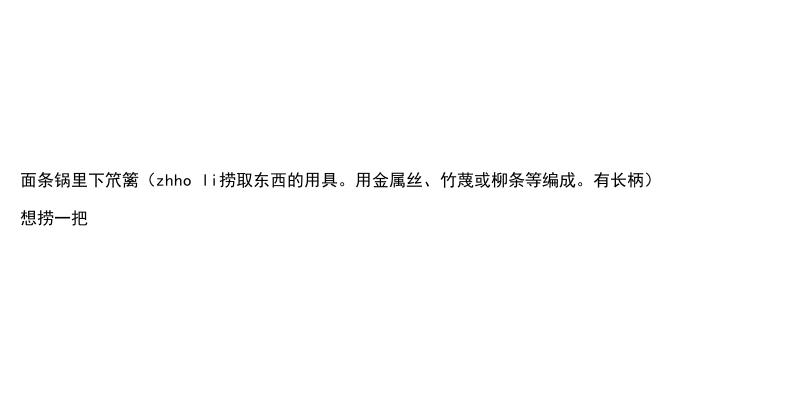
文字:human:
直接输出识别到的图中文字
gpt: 面条锅里下笊篱（zhho li捞取东西的用具。用金属丝、竹蔑或柳条等编成。有长柄） 想捞一把